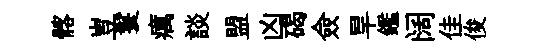
髂豈鬟癘談盟凶碣僉旱鑑阔佳俊